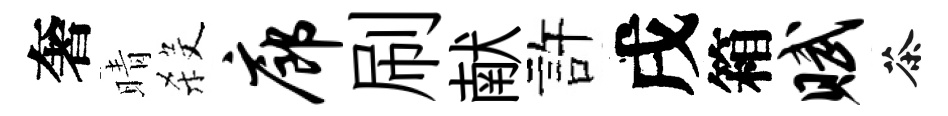
奢晴殺廊刷献許戌箱赋茶